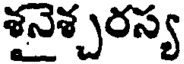
శనైశ్చరస్య